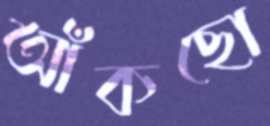
আঁকছো